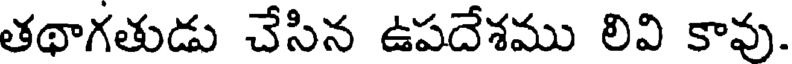
తథాగతుడు చేసిన ఉపదేశము లివి కావు.